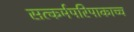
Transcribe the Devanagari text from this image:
सत्कर्मपरिपाकाच्च